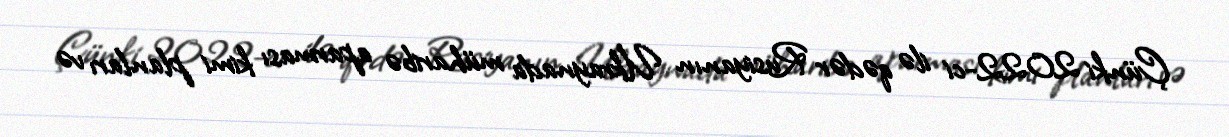
Çünki 2022-ci ilə qədər Rusiyanın Ukraynada müharibə aparması kimi planları və